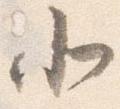
北